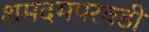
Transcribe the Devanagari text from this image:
शमदमपरवडी